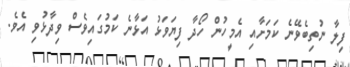
ފިލާ ނުތިބެވޭނެ ކަމަށާއި އެމީހުން ހޯދާ ފިޔަވަޅު އަޅާނެ ކަމުގައިވެސް ވިދާޅުވި އެވެ.